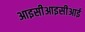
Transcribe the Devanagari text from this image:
आइसीआइसीआई